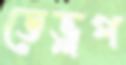
ডেভ্লপ